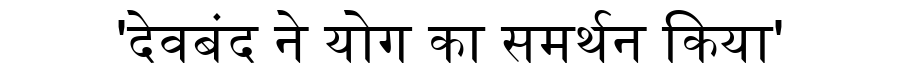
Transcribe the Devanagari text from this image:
'देवबंद ने योग का समर्थन किया'